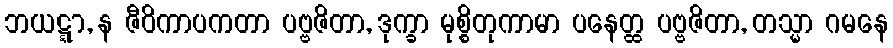
ဘယဋ္ဋာ, န ဇီဝိကာပကတာ ပဗ္ဗဇိတာ, ဒုက္ခာ မုစ္စိတုကာမာ ပနေတ္ထ ပဗ္ဗဇိတာ, တသ္မာ ဂမနေ